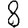
Digit: 8